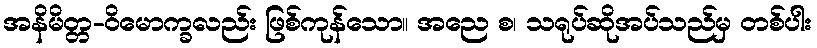
အနိမိတ္တ-ဝိမောက္ခလည်း ဖြစ်ကုန်သော။ အညေ စ၊ သရုပ်ဆိုအပ်သည်မှ တစ်ပါး